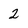
Character: 2